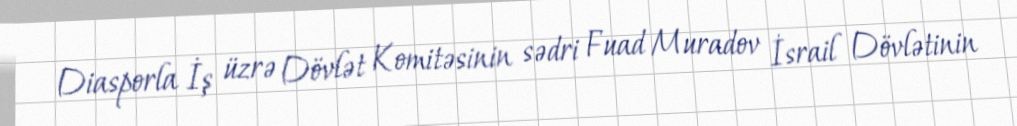
Diasporla İş üzrə Dövlət Komitəsinin sədri Fuad Muradov İsrail Dövlətinin